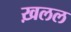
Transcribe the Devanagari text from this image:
ख़लल